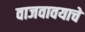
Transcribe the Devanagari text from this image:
वाजवावयाचे